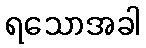
ရသောအခါ